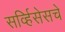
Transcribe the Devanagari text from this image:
सर्व्हिसेसचे